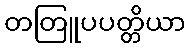
တတြူပပတ္တိယာ